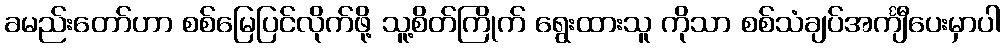
ခမည်းတော်ဟာ စစ်မြေပြင်လိုက်ဖို့ သူ့စိတ်ကြိုက် ရွေးထားသူ ကိုသာ စစ်သံချပ်အင်္ကျီပေးမှာပါ